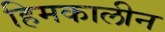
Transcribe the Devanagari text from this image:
हिमकालीन